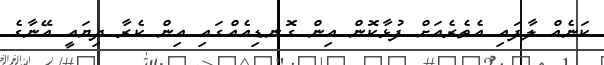
ކަނެއް ލާފައި އެތެރެއަށް ފުޅާކޮން އިން ގޮނޑިއެއްގައި އިން ކެރާ ދިޔައީ އޭނާގެ